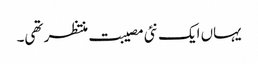
یہاں ایک نئی مصیبت منتظر تھی۔